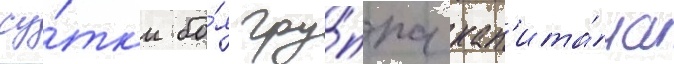
су́тк'и бо́я гру́ппа кап'ита́на